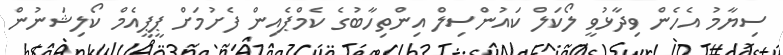
ސިޔާމު އެހެން ވިދާޅުވީ ލޯކަލް ކައުންސިލް އިންތިހާބުގެ ކެމްޕެއިން ފެށުމަށް ޕީޕީއެމް ކޯލިޝަނުން